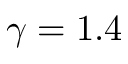
\gamma = 1 . 4